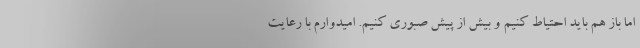
اما باز هم باید احتیاط کنیم و بیش از پیش صبوری کنیم. امیدوارم با رعایت